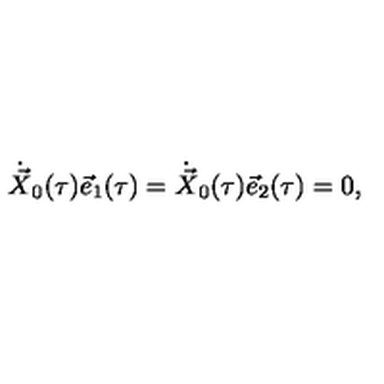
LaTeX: \dot { \vec { X } } _ { 0 } ( \tau ) \vec { e } _ { 1 } ( \tau ) = \dot { \vec { X } } _ { 0 } ( \tau ) \vec { e } _ { 2 } ( \tau ) = 0 ,